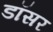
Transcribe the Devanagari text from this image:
डॉसर